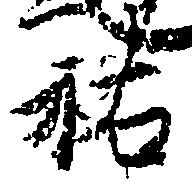
祐